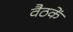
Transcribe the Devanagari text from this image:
वैठकें